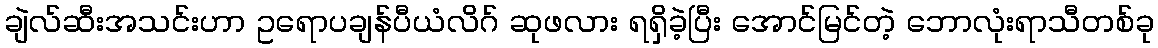
ချဲလ်ဆီးအသင်းဟာ ဥရောပချန်ပီယံလိဂ် ဆုဖလား ရရှိခဲ့ပြီး အောင်မြင်တဲ့ ဘောလုံးရာသီတစ်ခု